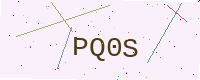
Text: PQ0S